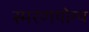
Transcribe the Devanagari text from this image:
स्मरणयोग्य